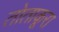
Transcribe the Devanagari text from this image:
तोताकूरा